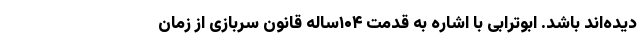
دیده‌اند باشد. ابوترابی با اشاره به قدمت ۱۰۴ساله قانون سربازی از زمان